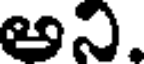
అని.